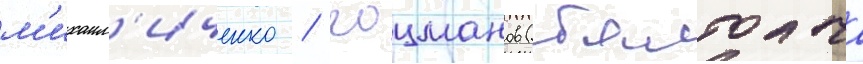
м'ихаил'иченко / гоцманов (балтача